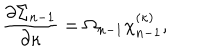
{ \frac { \partial \Sigma _ { n - 1 } } { \partial \kappa } } = \Omega _ { n - 1 } \chi _ { n - 1 } ^ { ( \kappa ) } ,